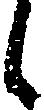
し